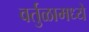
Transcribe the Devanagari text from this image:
वर्तुळामध्ये